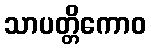
သာပတ္တိကောဝ